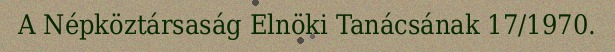
A Népköztársaság Elnöki Tanácsának 17/1970.